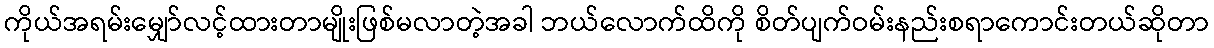
ကိုယ်အရမ်းမျှော်လင့်ထားတာမျိုးဖြစ်မလာတဲ့အခါ ဘယ်လောက်ထိကို စိတ်ပျက်ဝမ်းနည်းစရာကောင်းတယ်ဆိုတာ